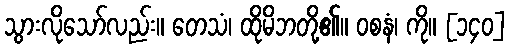
သွားလိုသော်လည်း။ တေသံ၊ ထိုမိဘတို့၏။ ဝစနံ၊ ကို။ [၁၄၀]